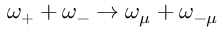
\omega _ { + } + \omega _ { - } \rightarrow \omega _ { \mu } + \omega _ { - \mu }